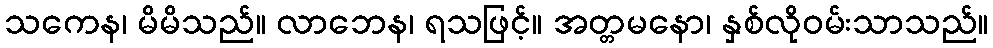
သကေန၊ မိမိသည်။ လာဘေန၊ ရသဖြင့်။ အတ္တမနော၊ နှစ်လိုဝမ်းသာသည်။